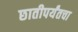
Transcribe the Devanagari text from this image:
छातीपर्यंतचा